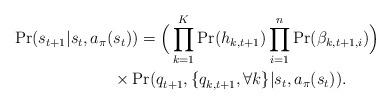
LaTeX: \begin{align*} &{\rm Pr}(s_{t+1}|s_t,a_{\pi}(s_t)) = \Big( \prod_{k=1}^K {\rm Pr}(h_{k,t+1})\prod_{i=1}^n{\rm Pr}(\beta_{k,t+1,i})\Big) \\ &~~~~~~~~~~~~~~~~~~ \times {\rm Pr}(q^{}_{t+1},\{q_{k,t+1}^{},\forall k\} | s_t,a_{\pi}(s_t)). \end{align*}